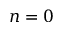
n = 0